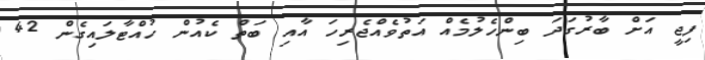
ފިޖީ އަށް ބާރުގަދަ ބިންހެލުމެއް އަތުވެއްޖެރިހަ އާއި ބަތް ކެއުން ހުއްޓާލައިގެން 42